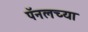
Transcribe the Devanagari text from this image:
पॅनलच्या